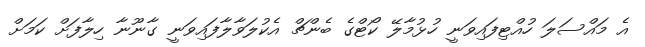
އެ މައްސަލަ ހުއްޓިފައިވަނީ ހުޅުމާލޭ ކޯޓްގެ ބެންޗް އެކުލަވާލާފައިވަނީ ގާނޫނާ ހިލާފަށް ކަމަށް